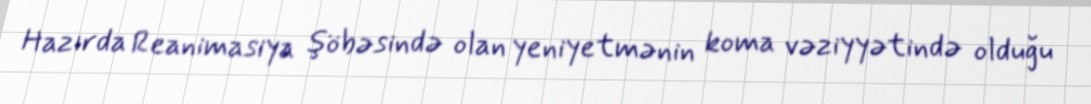
Hazırda Reanimasiya şöbəsində olan yeniyetmənin koma vəziyyətində olduğu